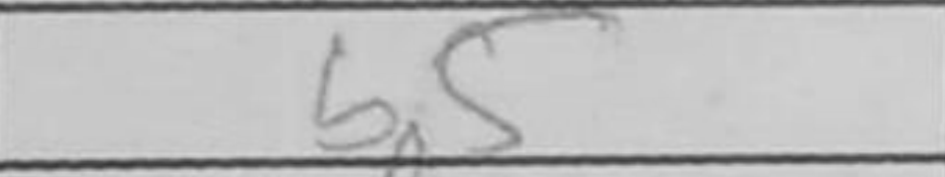
Transcription: b5